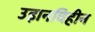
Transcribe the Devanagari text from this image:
उड़ानविहीन